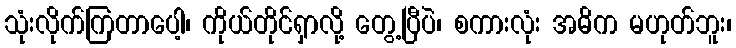
သုံးလိုက်ကြတာပေါ့၊ ကိုယ်တိုင်ရှာလို့ တွေ့ပြီပဲ၊ စကားလုံး အဓိက မဟုတ်ဘူး၊